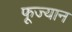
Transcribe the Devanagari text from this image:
फूज्यान